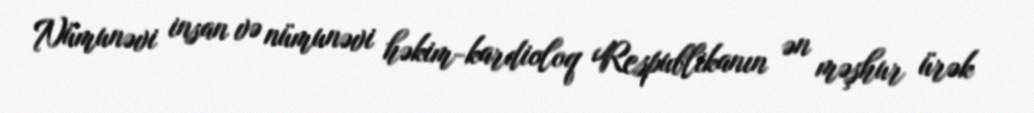
Nümunəvi insan və nümunəvi həkim-kardioloq Respublikanın ən məşhur ürək